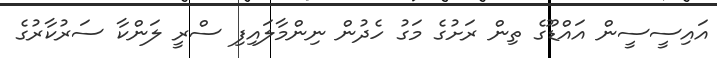
އައިސީސީން އައްޑޫގެ ތިން ރަށުގެ މަގު ހެދުން ނިންމާލައިފި ސްރީ ލަންކާ ސަރުކާރުގެ